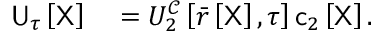
\begin{array} { r l } { \mathsf { U } _ { \tau } \left[ \mathsf { X } \right] } & { { } = U _ { 2 } ^ { \mathcal { C } } \left[ \bar { r } \left[ \mathsf { X } \right] , \tau \right] \mathsf { c } _ { 2 } \left[ \mathsf { X } \right] . } \end{array}